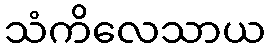
သံကိလေသာယ